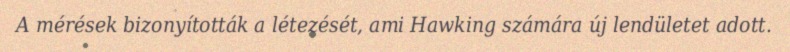
A mérések bizonyították a létezését, ami Hawking számára új lendületet adott.